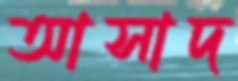
আসাদ